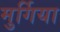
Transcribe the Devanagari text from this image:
मुर्गिया